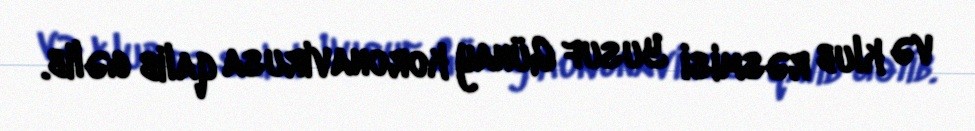
və klub rəsmisi Yusuf Günay koronavirusa qalib gəlib.